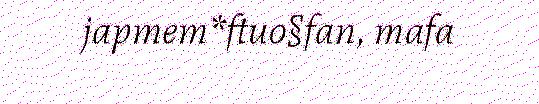
japmem*ftuo§fan, mafa